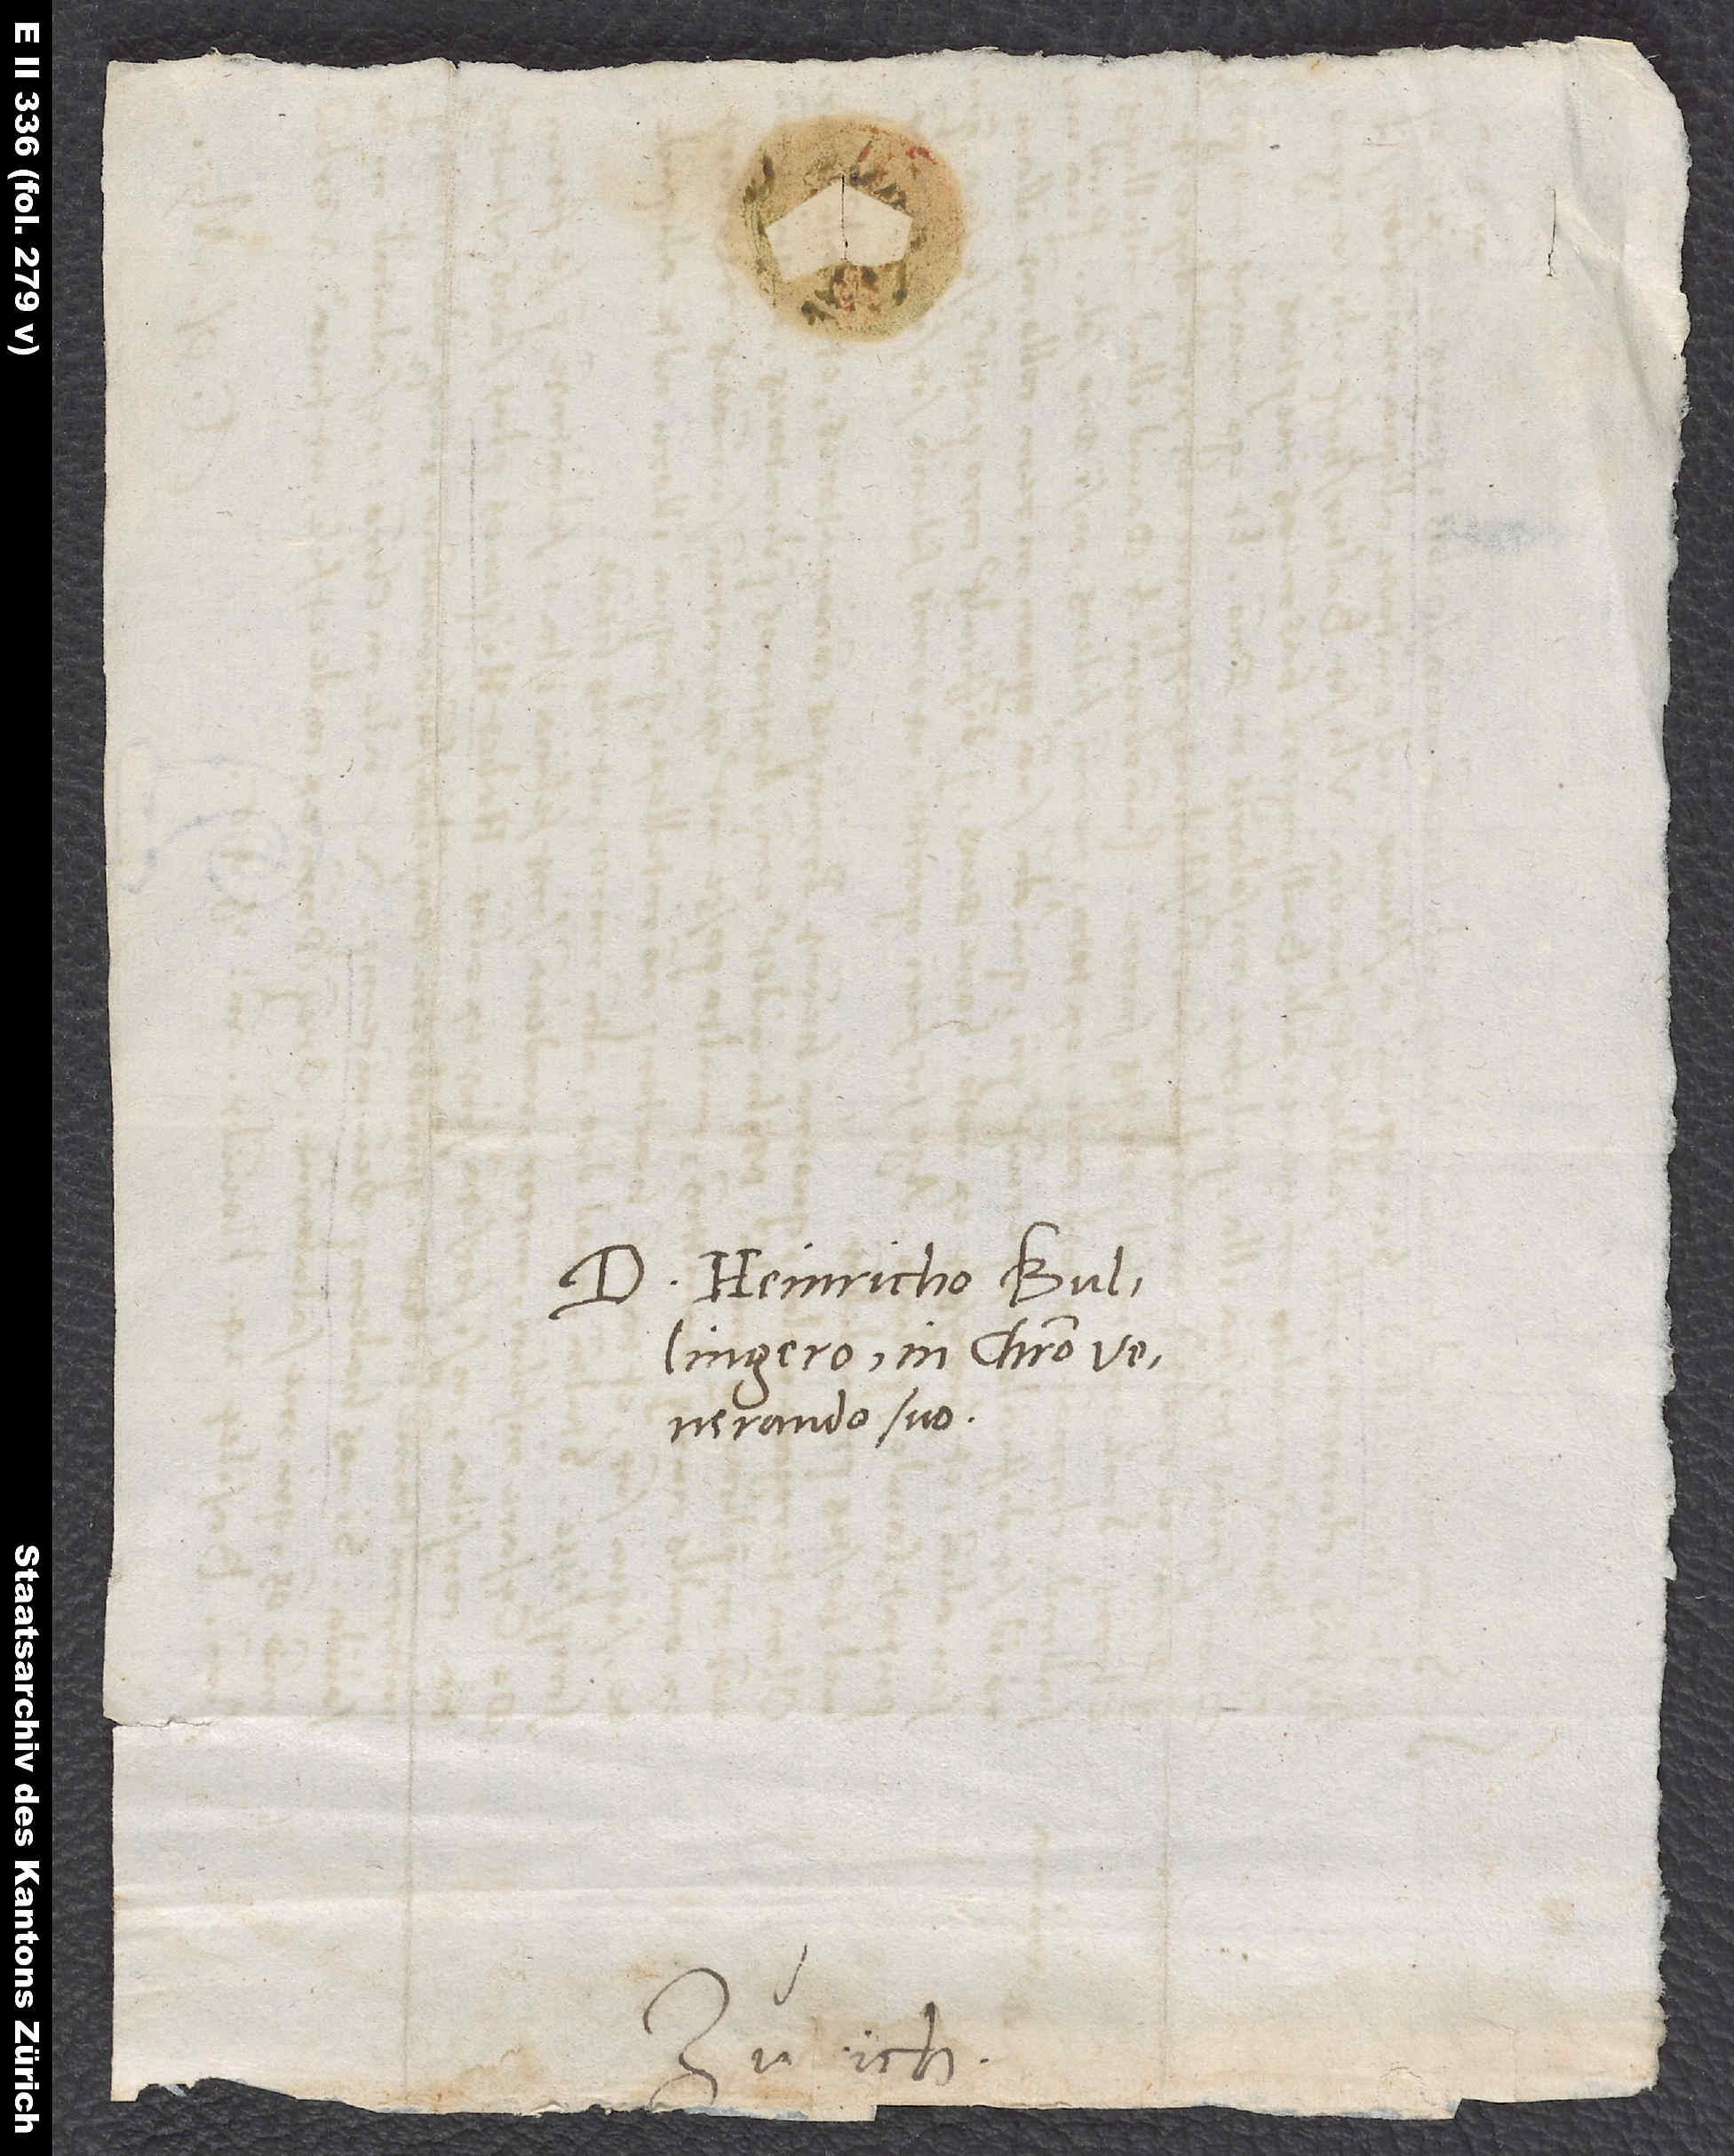
Heinricho Bullingero,
venerando suo.
S.